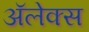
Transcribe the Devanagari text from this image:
अॅलेक्स